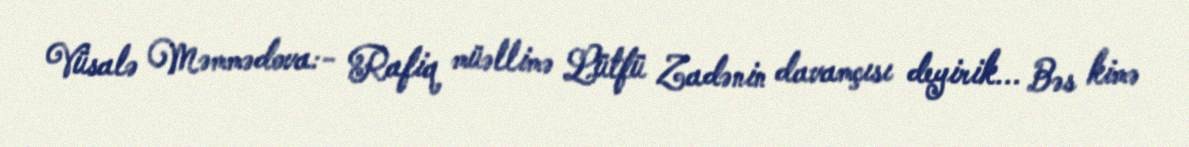
Vüsalə Məmmədova:- Rafiq müəllimə Lütfü Zadənin davamçısı deyirik... Bəs kimə